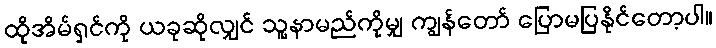
ထိုအိမ်ရှင်ကို ယခုဆိုလျှင် သူ့နာမည်ကိုမျှ ကျွန်တော် ပြောမပြနိုင်တော့ပါ။